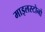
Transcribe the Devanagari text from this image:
माइलस्टोनो